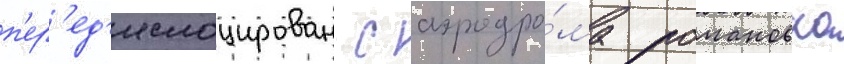
п'ер'ед'ислоцирован с аэродро́ма романовка